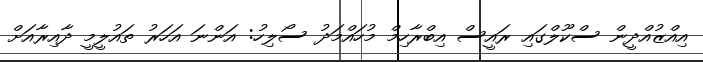
އިއްޒުއްދީން ސްކޫލްގައި ރައީސް އިބްރާހިމް މުހައްމަދު ސޯލިހު: އަންނަ އަހަރު ތައުލީމީ ދާއިރާއަށް